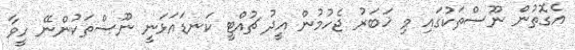
އެގޮތުން ނޫސްތަކުގައި މި ޚަބަރު ޖެހުމުން އީދު ޗުއްޓީ ކަނޑައަޅަނީ ނޫސްތަކުންނޭ ހީވާ